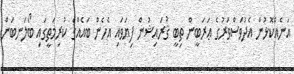
އަނެއްކޮޅުން އެދުވަސްވަރުގެ ޢަރަބީން ތިބީ ޤުރައިޝުން ފިޔަވައި އެހެން ބައެއްގެ ކުރިމަތީގައި ބޯލަނބަން